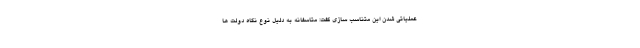
عملیاتی شدن این متناسب سازی گفت: متاسفانه به دلیل نوع نگاه دولت ها